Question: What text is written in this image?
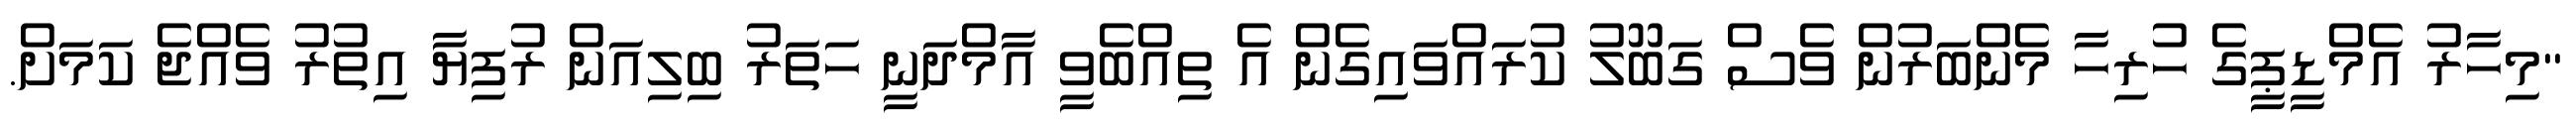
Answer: "މިހާރު އެމްޑީޕީގެ ހުރިހާ މެންބަރުން ވެސް ގަބޫލު ކުރައްވައިގެން އެ ތިއްބެވީ އާމްދަނީ ހަތަރު ބިލިއަން ރުފިޔާ އިތުރު ވެއްޖެ ކަމަށް.